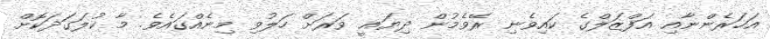
އަހަރެންނާއި އަފްޒަލްގެ ކައިވެނި ރޭވެމުން ދިޔައީ ވަރަށް ހަލުވި މިނެއްގައެވެ. މާ ކުލަގަދަކޮށް